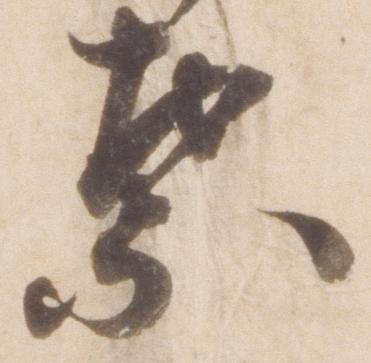
葉